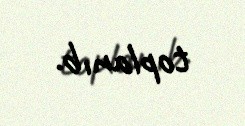
toplanıb.